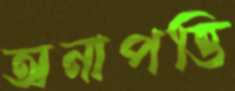
অনাপত্তি